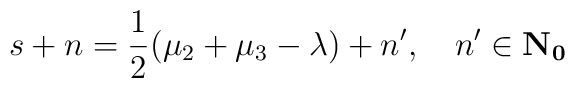
s + n = \frac{1}{2}(\mu_2 + \mu_3 - \lambda) + n', \quad n' \in \bf{N}_0